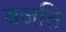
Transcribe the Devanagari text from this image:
ब्रजति